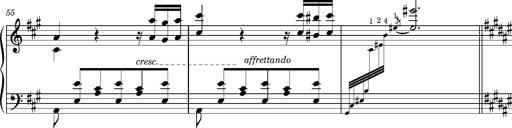
Title: Cavatine de Robert le Diable
Composer: Franz Liszt
Key: F-sharp minor